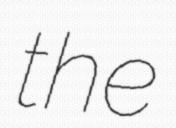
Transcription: the